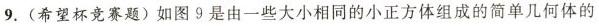
9.(希望杯竞赛题)如图9是由一些大小相同的小正方体组成的简单几何体的